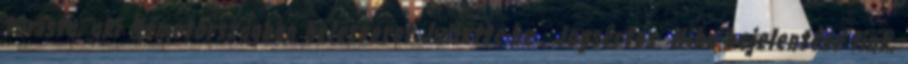
turista, aki Németországban beleszeret Juliette-be . Jogsértés Hiba bejelentése link,